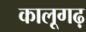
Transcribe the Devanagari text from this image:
कालूगढ़